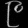
Digit: ၉